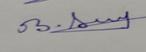
Signature authenticity: genuine